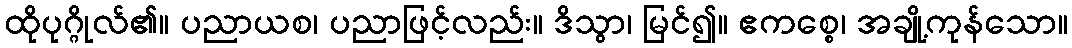
ထိုပုဂ္ဂိုလ်၏။ ပညာယစ၊ ပညာဖြင့်လည်း။ ဒိသွာ၊ မြင်၍။ ဧကစ္စေ၊ အချို့ကုန်သော။